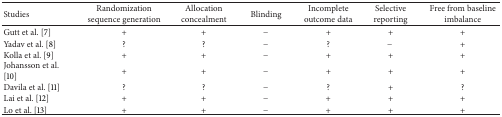
| Studies | Randomization sequence generation | Allocation concealment | Blinding | Incomplete outcome data | Selective reporting | Free from baselineimbalance |
 | --- | --- | --- | --- | --- | --- | --- |
 | Gutt et al. [7] | + | + | − | + | + | + |
 | Yadav et al. [8] | ? | ? | − | ? | − | + |
 | Kolla et al. [9] | + | + | − | + | + | + |
 | Johansson et al. [10] | + | + | − | + | + | + |
 | Davila et al. [11] | ? | ? | − | ? | + | ? |
 | Lai et al. [12] | + | + | − | + | + | + |
 | Lo et al. [13] | + | + | − | + | + | + |